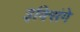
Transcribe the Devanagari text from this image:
इक्सिंगे